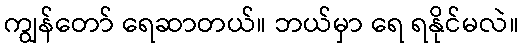
ကျွန်တော် ရေဆာတယ်။ ဘယ်မှာ ရေ ရနိုင်မလဲ။